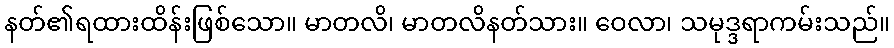
နတ်၏ရထားထိန်းဖြစ်သော။ မာတလိ၊ မာတလိနတ်သား။ ဝေလာ၊ သမုဒ္ဒရာကမ်းသည်။